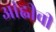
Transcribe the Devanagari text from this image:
आंह्वीची